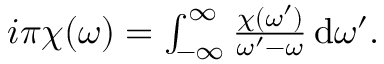
\begin{array} { r } { i \pi \chi ( \omega ) = \int _ { - \infty } ^ { \infty } \frac { \chi ( \omega ^ { \prime } ) } { \omega ^ { \prime } - \omega } \, \mathrm { d } \omega ^ { \prime } . } \end{array}